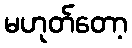
မဟုတ်တော့